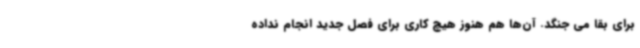
برای بقا می جنگد. آن‌ها هم هنوز هیچ کاری برای فصل جدید انجام نداده